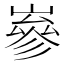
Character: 嵾